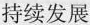
持续发展